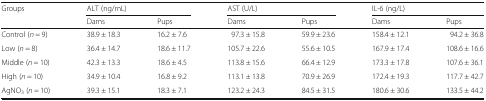
| <ROWSPAN=2> Groups | <COLSPAN=2> ALT (ng/mL) | <COLSPAN=2> AST (U/L) | <COLSPAN=2> IL-6 (ng/L) |
 | Dams | Pups | Dams | Pups | Dams | Pups |
 | --- | --- | --- | --- | --- | --- | --- |
 | Control (n = 9) | 38.9 ± 18.3 | 16.2 ± 7.6 | 97.3 ± 15.8 | 59.9 ± 23.6 | 158.4 ± 12.1 | 94.2 ± 36.8 |
 | Low (n = 8) | 36.4 ± 14.7 | 18.6 ± 11.7 | 105.7 ± 22.6 | 55.6 ± 10.5 | 167.9 ± 17.4 | 108.6 ± 16.6 |
 | Middle (n = 10) | 42.3 ± 13.3 | 18.6 ± 4.5 | 113.8 ± 15.6 | 66.4 ± 12.9 | 173.3 ± 17.8 | 107.6 ± 36.1 |
 | High (n = 10) | 34.9 ± 10.4 | 16.8 ± 9.2 | 113.1 ± 13.8 | 70.9 ± 26.9 | 172.4 ± 19.3 | 117.7 ± 42.7 |
 | AgNO3 (n = 10) | 39.3 ± 15.1 | 18.3 ± 7.1 | 123.2 ± 24.3 | 84.5 ± 31.5 | 180.6 ± 30.6 | 133.5 ± 44.2 |